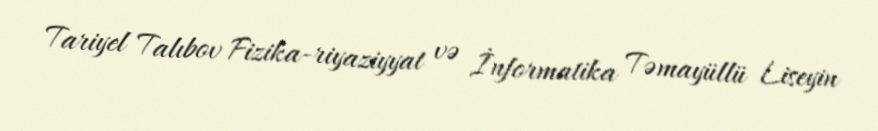
Tariyel Talıbov Fizika-riyaziyyat və İnformatika Təmayüllü Liseyin